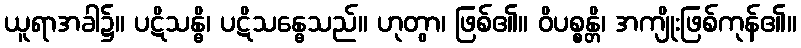
ယူရာအခါ၌။ ပဋိသန္ဓိ၊ ပဋိသန္ဓေသည်။ ဟုတွာ၊ ဖြစ်၏။ ဝိပစ္စန္တိ၊ အကျိုးဖြစ်ကုန်၏။